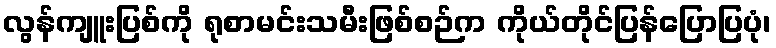
လွန်ကျူးပြစ်ကို ရုစာမင်းသမီးဖြစ်စဉ်က ကိုယ်တိုင်ပြန်ပြောပြပုံ၊